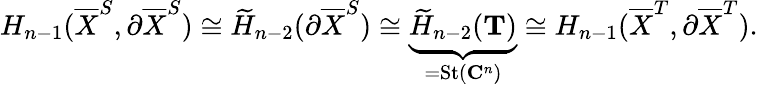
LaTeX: H_{n-1}(\overline{{X}}^{S},\partial\overline{{X}}^{S})\cong\widetilde{H}_{n-2}(\partial\overline{{X}}^{S})\cong\underbrace{\widetilde{H}_{n-2}(\mathbf{T})}_{=\mathrm{St}(\mathbf{C}^{n})}\cong H_{n-1}(\overline{{X}}^{T},\partial\overline{{X}}^{T}).